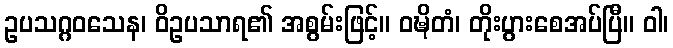
ဥပသဂ္ဂဝသေန၊ ဝိဥပသာရ၏ အစွမ်းဖြင့်။ ဝဍ္ဎိတံ၊ တိုးပွားစေအပ်ပြီ။ ဝါ၊